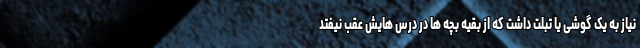
نیاز به یک گوشی یا تبلت داشت که از بقیه بچه ها در درس هایش عقب نیفتد